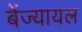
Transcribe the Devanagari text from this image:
बेंज्यायल